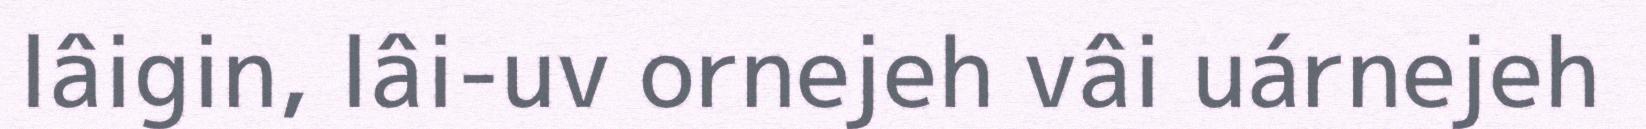
lâigin, lâi-uv ornejeh vâi uárnejeh